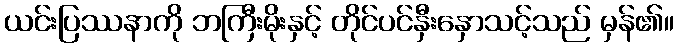
ယင်းပြဿနာကို ဘကြီးမိုးနှင့် တိုင်ပင်နှီးနှောသင့်သည် မှန်၏။